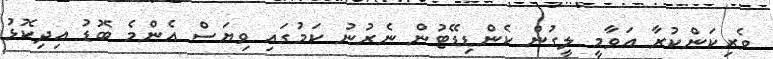
ވެރިކަންކުރާ އަވާމީ ލީގުން ކެންޑިޑޭޓުން ނެރުނު ކަމުގައި ވިޔަސް އެންމެ ބޮޑު އިދިކޮޅު